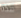
هذه